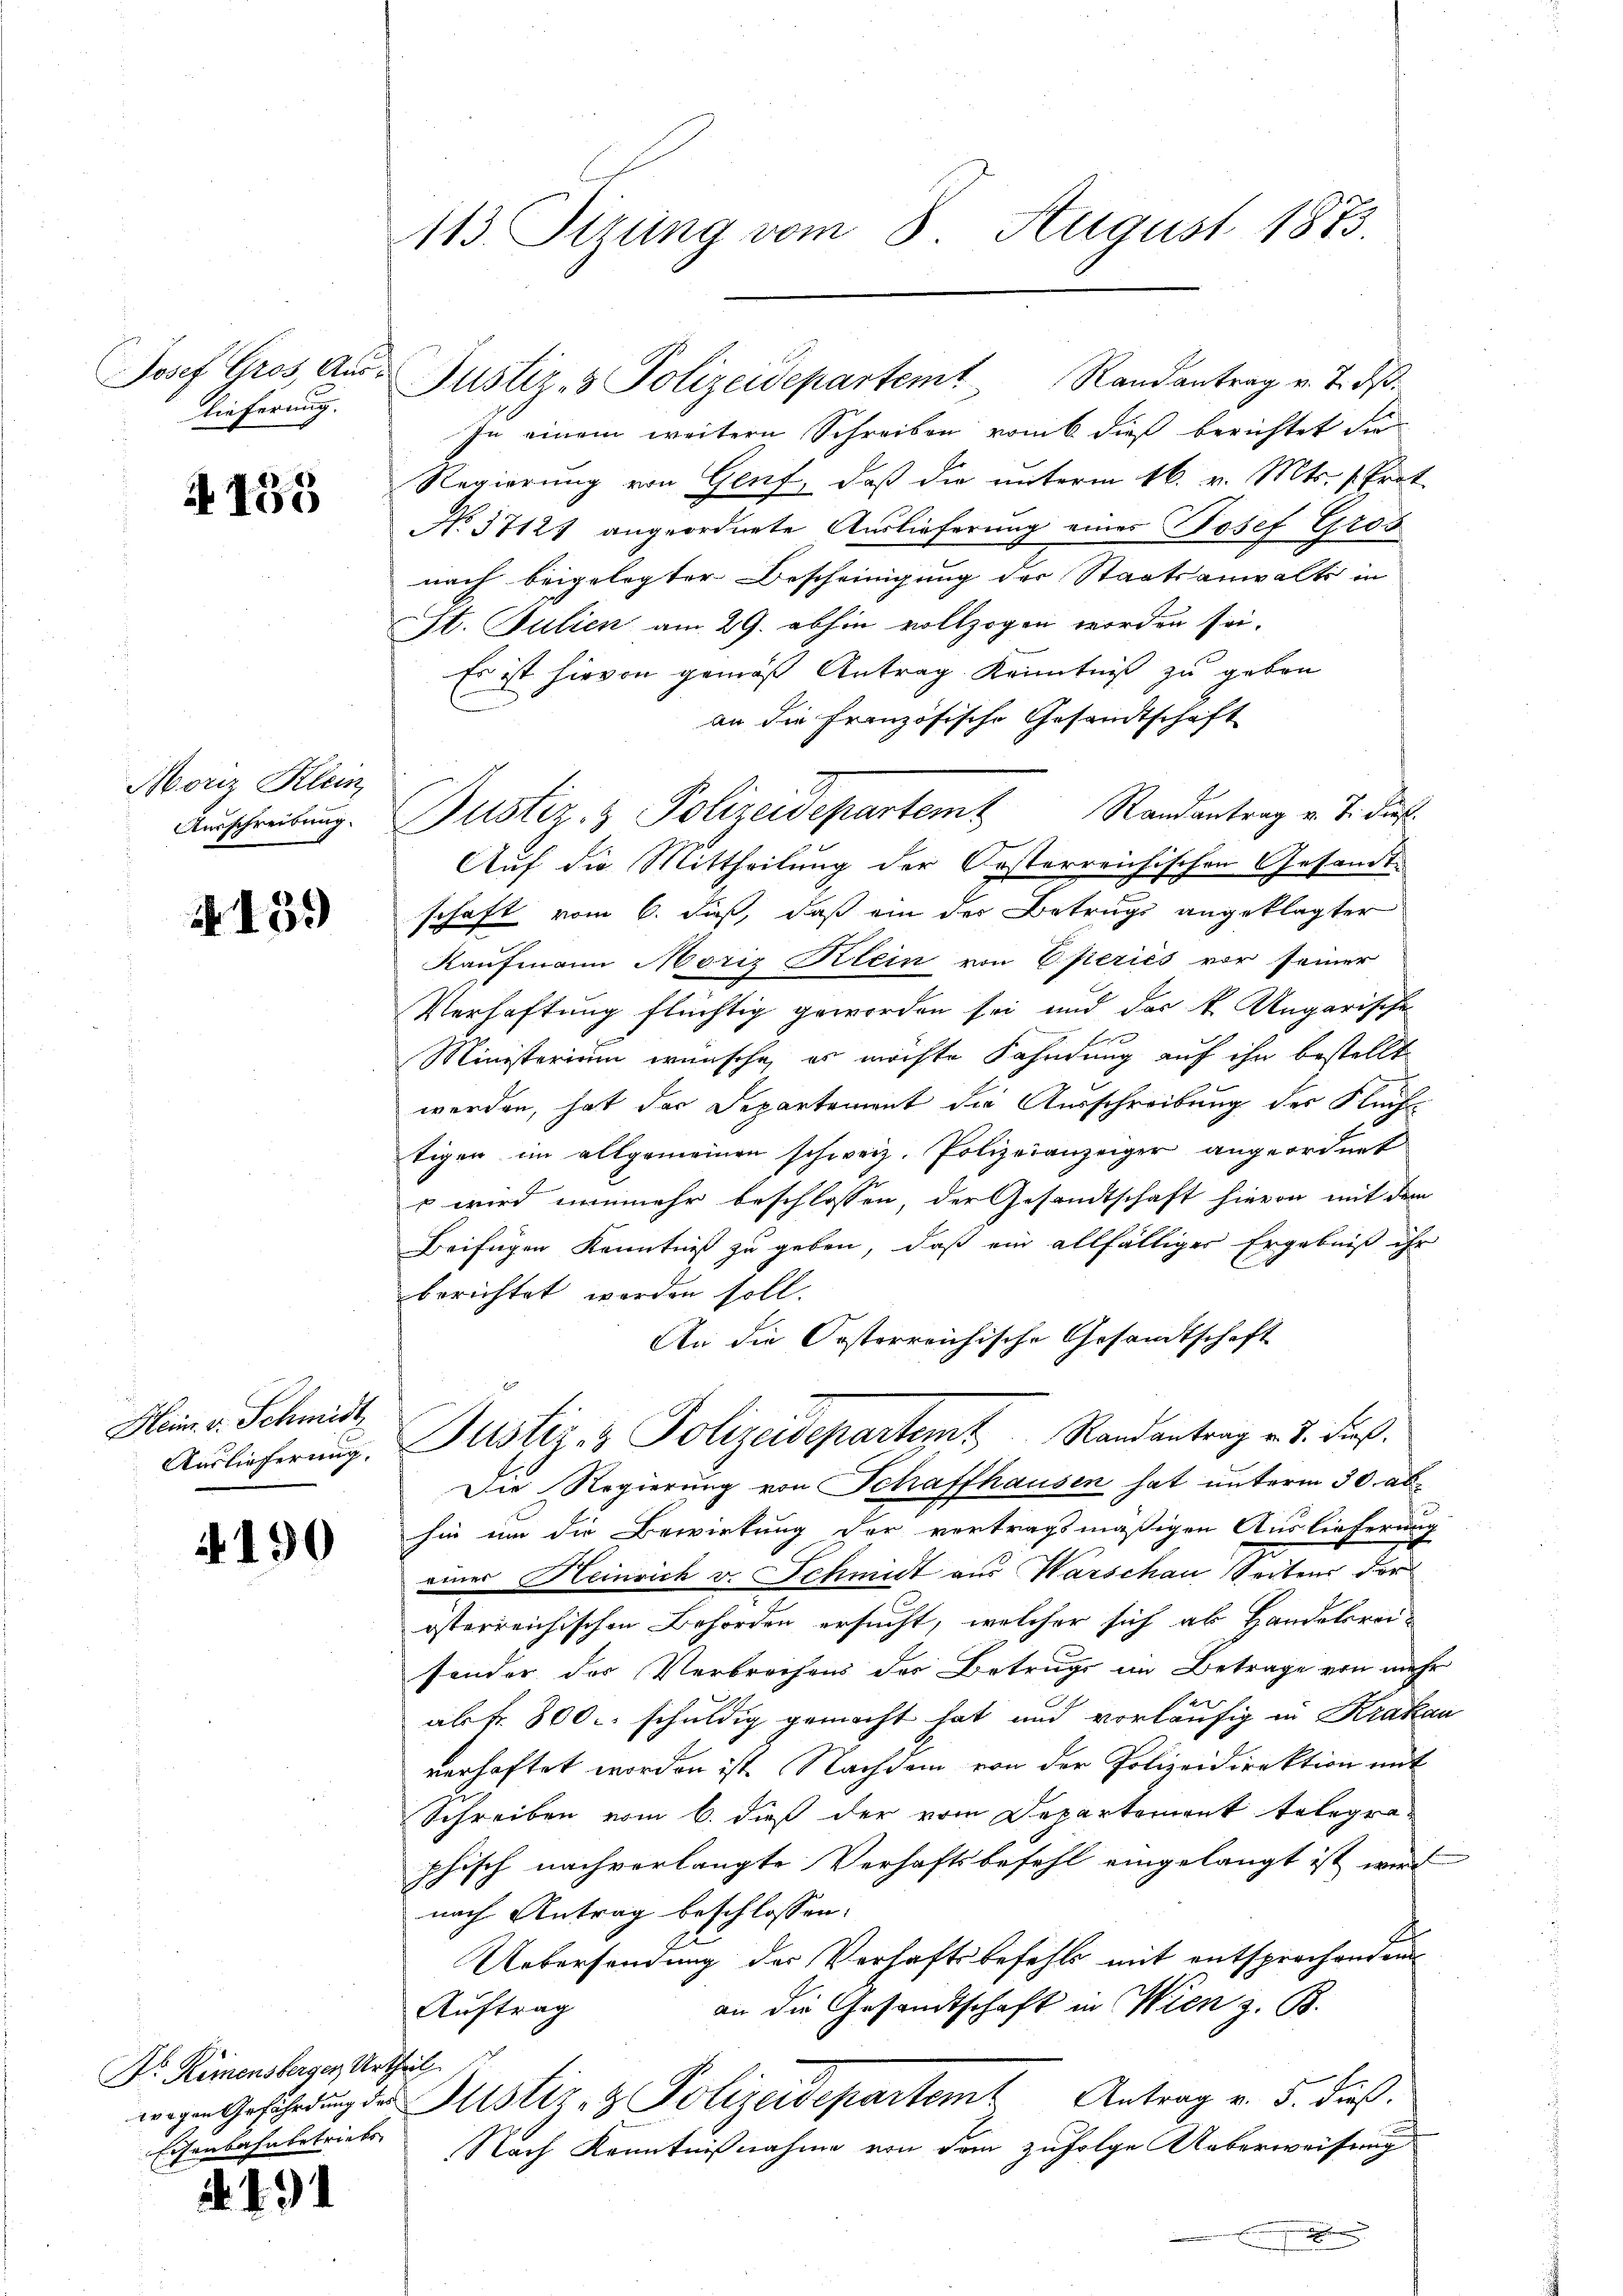
Josef Gros, Aus-
lieferung.

A 155

Moriz Klein
Ausschreibung.

4159

Heim. v. Schmidt
Auslieferung.

4190

Dr. Remensberger Urtheil
Eisenbahnbetriebs

. . . .

113. Sizung vom 8. August 1873.

In einem weitern Schreiben vom 6 dieß berichtet die
Regierung von Genf, daß die unterm 16. v. Mts. (Prot.
No 57121 angeordnete Auslieferung eines Josef Gros
nach beigelegter Bescheinigung der Staatsanwalts in
St. Julien am 29. abhin vollzogen worden sei.
Es ist hievon gemäß Antrag Kenntniß zu geben
an die Französische Gesandtschaft
Auf die Mittheilung der Orsterreichischen Gesandtschaft vom 6. daß, daß ein des Betrugs angeklagter
Kaufmann Moriz Klein von Eferies vor seiner
Verhaftung flüchtig geworden sei und das k. Ungarische
Ministerium wünsche, es möchte Fahndung auf ihr bestellt
werden, hat des Departement die Ausschreibung des Fluch
tigen im allgemeinen schweiz. Polizeianzeiger angeordnet
x wird nunmehr beschlossen, der Gesandtschaft hievon mit dem
Beifügen Kenntniß zu geben, daß ein allfälliger Ergebniß ihr
berichtet worden soll.
An die Orsterreichische Gesandtschaft
Justiz- & Polizeidepartemt Randantrag v. J. dieß.
Die Regierung von Schaffhausen hat unterm 30. abhin um die Bewirkung der vertragsmäßigen Auslieferung
eines Heinrich v. Schmidt aus Warschau Seitens der
österreichischen Behörden ersucht, welcher sich ab Handelsreisonder des Verbrochens der Betrugs im Betrage von mehr
alfr. 800. schuldig gemacht hat und vorläufig in Krakau
verhaftet worden ist. Nachdem von der Polizeidirektion mit
Schreiben vom 6. dieß der vom Departement telegraphisch nach vorlangte Verhaftsbefehl eingelangt ist wird
nach Antrag beschlossen:
Uebersendung der Verhaftsbefehls mit entsprochenden
an die Gesandtschaft in Wien z. B.
Auftrag
wegen Gescheidŭng der Justiz- & Polizeidepartem Antrag v. 5. dieß.
Nach Kenntnißnahme von dem zufolge Ueberweisung

Justiz- & Polizeidepartem Randantrag v. J. dβ

Justiz- & Polizeidepartem Randantrag v. J. dies